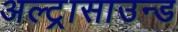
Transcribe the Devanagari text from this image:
अल्‍ट्रासाउन्‍ड